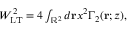
\begin{array} { r } { W _ { \mathrm { L T } } ^ { 2 } = 4 \int _ { \mathbb { R } ^ { 2 } } d \mathbf { r } x ^ { 2 } \Gamma _ { 2 } ( \mathbf { r } ; z ) , } \end{array}